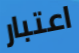
اعتبار